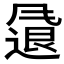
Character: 𫗂